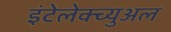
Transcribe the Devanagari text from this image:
इंटेलेक्च्युअल